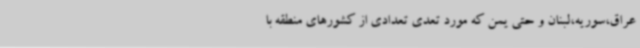
عراق،سوریه،لبنان و حتی یمن که مورد تعدی تعدادی از کشورهای منطقه با